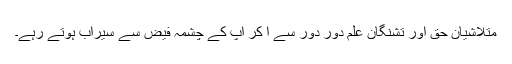
متلاشیانِ حق اور تشنگانِ علم دور دور سے آ کر آپ کے چشمہ فیض سے سیراب ہوتے رہے۔